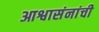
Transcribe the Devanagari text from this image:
आश्वासंनांची